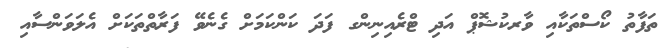
ތަފާތު ކޯސްތަކާއި ވާރކުޝޮޕް އަދި ޓްރެއިނިންގ ފަދަ ކަންކަމަށް ގެނެވޭ ފަރާތްތަކަށް އެލަވަންސާއި